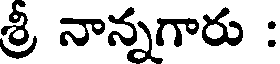
శ్రీ నాన్నగారు :